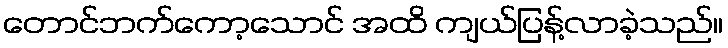
တောင်ဘက်ကော့သောင် အထိ ကျယ်ပြန့်လာခဲ့သည်။